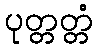
ပုတ္တတ္တံ